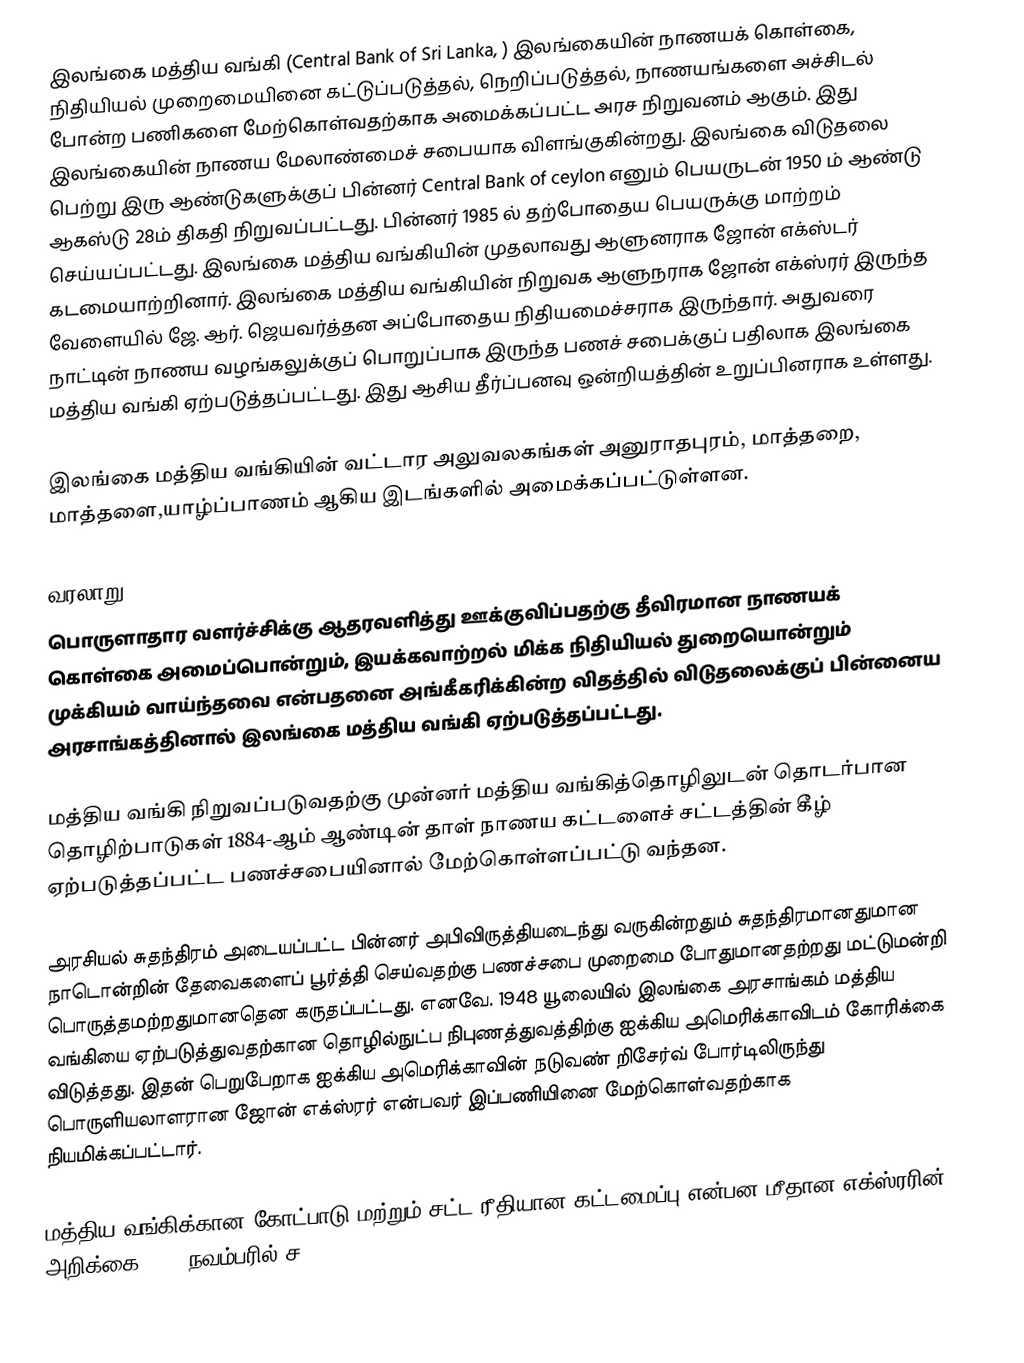
இலங்கை மத்திய வங்கி (Central Bank of Sri Lanka, ) இலங்கையின் நாணயக் கொள்கை, நிதியியல் முறைமையினை கட்டுப்படுத்தல், நெறிப்படுத்தல், நாணயங்களை அச்சிடல் போன்ற பணிகளை மேற்கொள்வதற்காக அமைக்கப்பட்ட அரச நிறுவனம் ஆகும். இது இலங்கையின் நாணய மேலாண்மைச் சபையாக விளங்குகின்றது. இலங்கை விடுதலை பெற்று இரு ஆண்டுகளுக்குப் பின்னர் Central Bank of ceylon எனும் பெயருடன் 1950 ம் ஆண்டு ஆகஸ்டு 28ம் திகதி நிறுவப்பட்டது. பின்னர் 1985 ல் தற்போதைய பெயருக்கு மாற்றம் செய்யப்பட்டது. இலங்கை மத்திய வங்கியின் முதலாவது ஆளுனராக ஜோன் எக்ஸ்டர் கடமையாற்றினார். இலங்கை மத்திய வங்கியின் நிறுவக ஆளுநராக ஜோன் எக்ஸ்ரர் இருந்த வேளையில் ஜே. ஆர். ஜெயவர்த்தன அப்போதைய நிதியமைச்சராக இருந்தார். அதுவரை நாட்டின் நாணய வழங்கலுக்குப் பொறுப்பாக இருந்த பணச் சபைக்குப் பதிலாக இலங்கை மத்திய வங்கி ஏற்படுத்தப்பட்டது. இது ஆசிய தீர்ப்பனவு ஒன்றியத்தின் உறுப்பினராக உள்ளது.

இலங்கை மத்திய வங்கியின் வட்டார அலுவலகங்கள் அனுராதபுரம், மாத்தறை, மாத்தளை,யாழ்ப்பாணம் ஆகிய இடங்களில் அமைக்கப்பட்டுள்ளன.

வரலாறு
பொருளாதார வளர்ச்சிக்கு ஆதரவளித்து ஊக்குவிப்பதற்கு தீவிரமான நாணயக் கொள்கை அமைப்பொன்றும், இயக்கவாற்றல் மிக்க நிதியியல் துறையொன்றும் முக்கியம் வாய்ந்தவை என்பதனை அங்கீகரிக்கின்ற விதத்தில் விடுதலைக்குப் பின்னைய அரசாங்கத்தினால் இலங்கை மத்திய வங்கி ஏற்படுத்தப்பட்டது.

மத்திய வங்கி நிறுவப்படுவதற்கு முன்னர் மத்திய வங்கித்தொழிலுடன் தொடர்பான தொழிற்பாடுகள் 1884-ஆம் ஆண்டின் தாள் நாணய கட்டளைச் சட்டத்தின் கீழ் ஏற்படுத்தப்பட்ட பணச்சபையினால் மேற்கொள்ளப்பட்டு வந்தன.

அரசியல் சுதந்திரம் அடையப்பட்ட பின்னர் அபிவிருத்தியடைந்து வருகின்றதும் சுதந்திரமானதுமான நாடொன்றின் தேவைகளைப் பூர்த்தி செய்வதற்கு பணச்சபை முறைமை போதுமானதற்றது மட்டுமன்றி பொருத்தமற்றதுமானதென கருதப்பட்டது. எனவே. 1948 யூலையில் இலங்கை அரசாங்கம் மத்திய வங்கியை ஏற்படுத்துவதற்கான தொழில்நுட்ப நிபுணத்துவத்திற்கு ஐக்கிய அமெரிக்காவிடம் கோரிக்கை விடுத்தது. இதன் பெறுபேறாக ஐக்கிய அமெரிக்காவின் நடுவண் றிசேர்வ் போர்டிலிருந்து பொருளியலாளரான ஜோன் எக்ஸ்ரர் என்பவர் இப்பணியினை மேற்கொள்வதற்காக நியமிக்கப்பட்டார்.

மத்திய வங்கிக்கான கோட்பாடு மற்றும் சட்ட ரீதியான கட்டமைப்பு என்பன மீதான எக்ஸ்ரரின் அறிக்கை 1949 நவம்பரில் ச